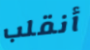
أنقلب